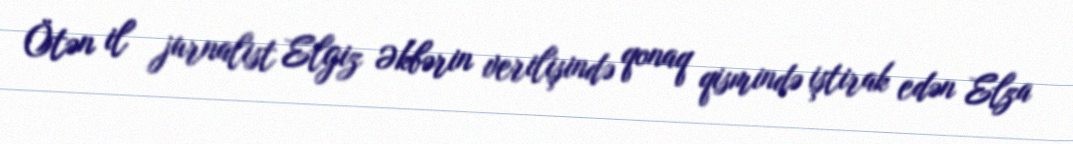
Ötən il jurnalist Elgiz Əkbərin verilişində qonaq qismində iştirak edən Elza